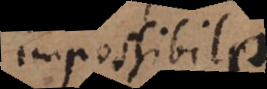
mpossibile